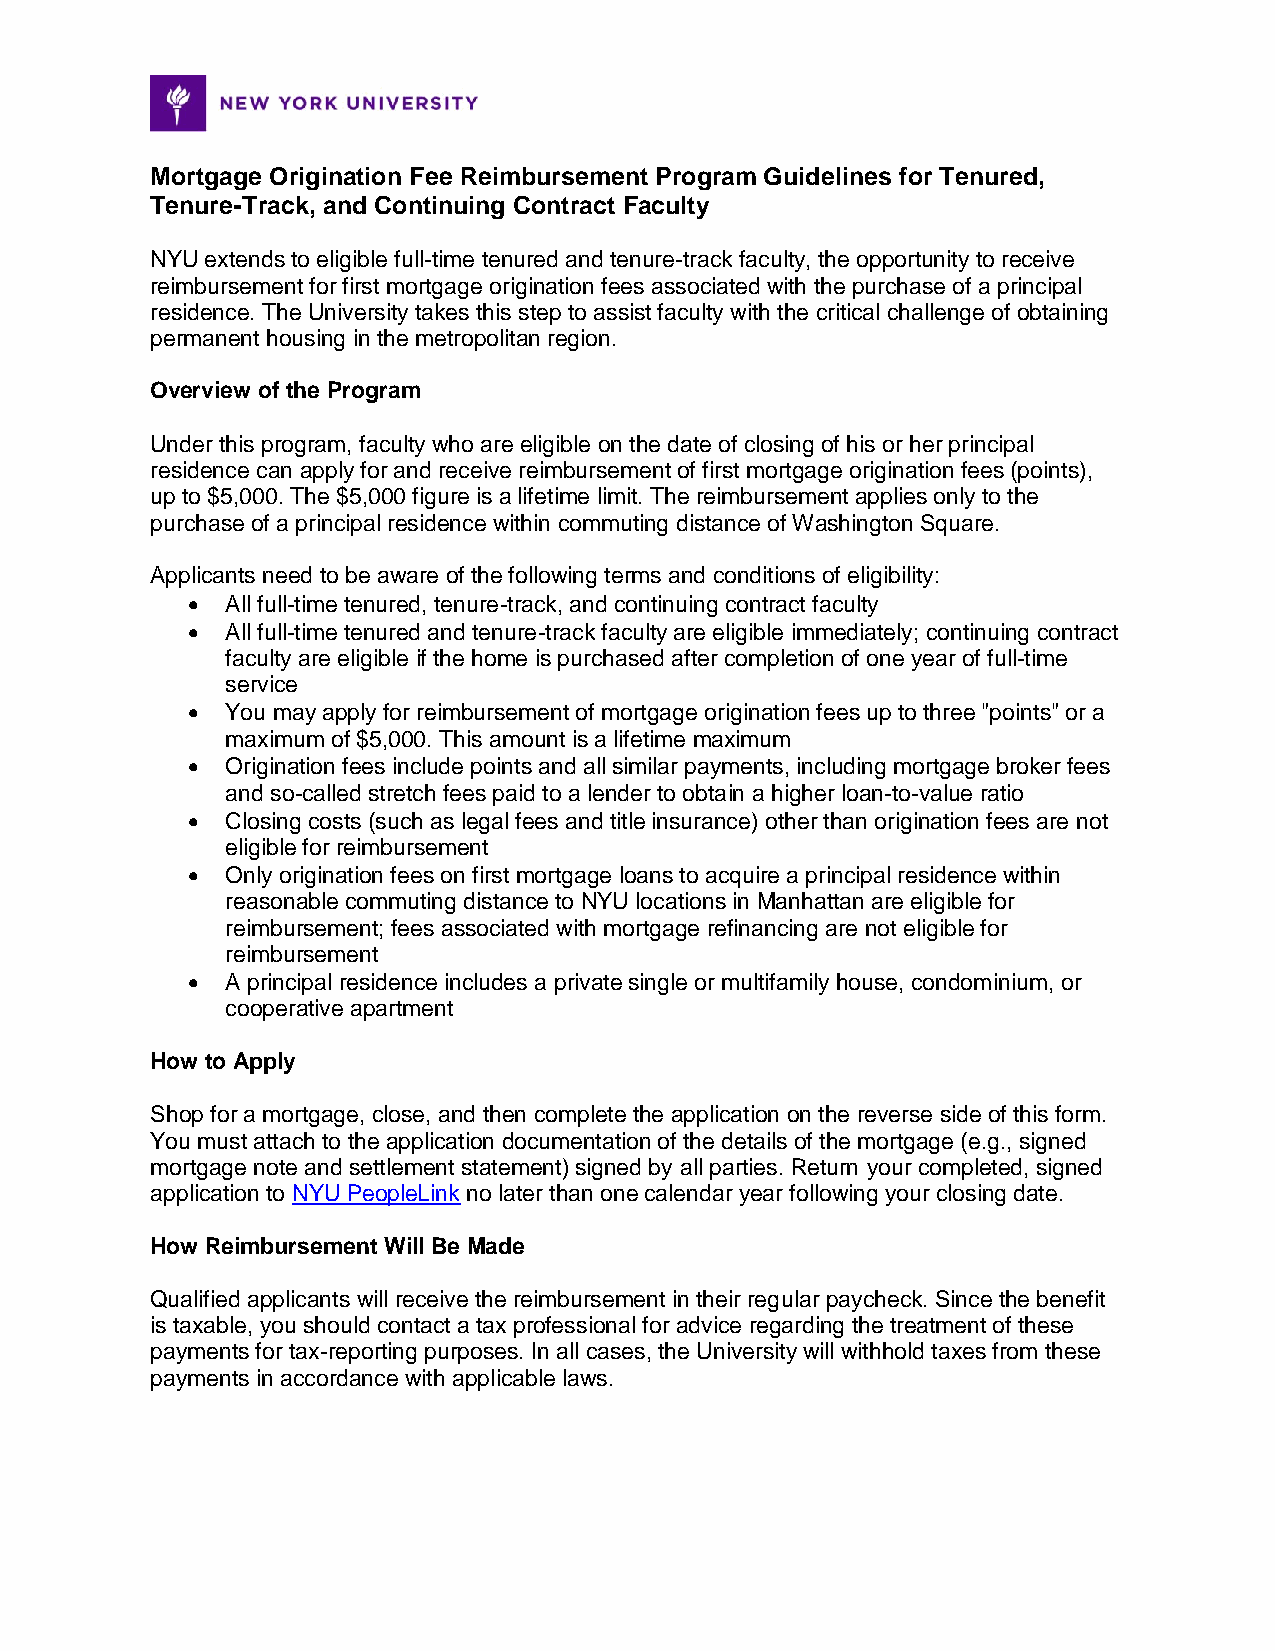
Mortgage Origination Fee Reimbursement Program Guidelines for Tenured,
 Tenure-Track, and Continuing Contract Faculty
 NYU extends to eligible full-time tenured and tenure-track faculty, the opportunity to receive
 reimbursement for first mortgage origination fees associated with the purchase of a principal
 residence. The University takes this step to assist faculty with the critical challenge of obtaining
 permanent housing in the metropolitan region.
 Overview of the Program
 Under this program, faculty who are eligible on the date of closing of his or her principal
 residence can apply for and receive reimbursement of first mortgage origination fees (points),
 up to $5,000. The $5,000 figure is a lifetime limit. The reimbursement applies only to the
 purchase of a principal residence within commuting distance of Washington Square.
 Applicants need to be aware of the following terms and conditions of eligibility:
   All full-time tenured, tenure-track, and continuing contract faculty
   All full-time tenured and tenure-track faculty are eligible immediately; continuing contract
 faculty are eligible if the home is purchased after completion of one year of full-time
 service
   You may apply for reimbursement of mortgage origination fees up to three "points" or a
 maximum of $5,000. This amount is a lifetime maximum
   Origination fees include points and all similar payments, including mortgage broker fees
 and so-called stretch fees paid to a lender to obtain a higher loan-to-value ratio
   Closing costs (such as legal fees and title insurance) other than origination fees are not
 eligible for reimbursement
   Only origination fees on first mortgage loans to acquire a principal residence within
 reasonable commuting distance to NYU locations in Manhattan are eligible for
 reimbursement; fees associated with mortgage refinancing are not eligible for
 reimbursement
   A principal residence includes a private single or multifamily house, condominium, or
 cooperative apartment
 How to Apply
 Shop for a mortgage, close, and then complete the application on the reverse side of this form.
 You must attach to the application documentation of the details of the mortgage (e.g., signed
 mortgage note and settlement statement) signed by all parties. Return your completed, signed
 application to NYU PeopleLink no later than one calendar year following your closing date.
 How Reimbursement Will Be Made
 Qualified applicants will receive the reimbursement in their regular paycheck. Since the benefit
 is taxable, you should contact a tax professional for advice regarding the treatment of these
 payments for tax-reporting purposes. In all cases, the University will withhold taxes from these
 payments in accordance with applicable laws.